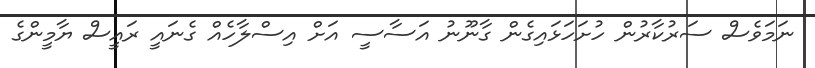
ނަމަވެސް ސަރުކާރުން ހުށަހަޅައިގެން ގާނޫނު އަސާސީ އަށް އިސްލާހެއް ގެނައީ ރައީސް ޔާމީންގެ